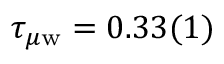
\tau _ { \mu \mathrm { w } } = 0 . 3 3 ( 1 )